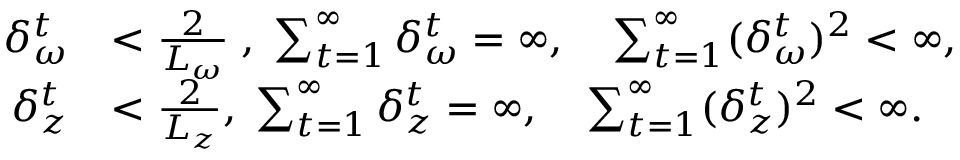
\begin{array} { r l } { \delta _ { \omega } ^ { t } } & { < \frac { 2 } { L _ { \omega } } \; , \; \sum _ { t = 1 } ^ { \infty } \delta _ { \omega } ^ { t } = \infty , \quad \sum _ { t = 1 } ^ { \infty } ( \delta _ { \omega } ^ { t } ) ^ { 2 } < \infty , } \\ { \delta _ { z } ^ { t } } & { < \frac { 2 } { L _ { z } } , \; \sum _ { t = 1 } ^ { \infty } \delta _ { z } ^ { t } = \infty , \quad \sum _ { t = 1 } ^ { \infty } ( \delta _ { z } ^ { t } ) ^ { 2 } < \infty . } \end{array}